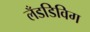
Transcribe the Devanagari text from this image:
लँडडिविग